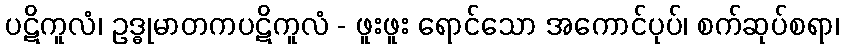
ပဋိကူလံ၊ ဥဒ္ဓုမာတကပဋိကူလံ - ဖူးဖူး ရောင်သော အကောင်ပုပ်၊ စက်ဆုပ်စရာ၊